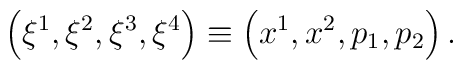
\left( \xi ^{1},\xi ^{2},\xi ^{3},\xi ^{4}\right) \equiv \left(x^{1},x^{2},p_{1},p_{2}\right) .